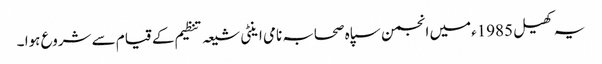
یہ کھیل 1985ءمیں انجمن سپاہ صحابہ نامی اینٹی شیعہ تنظیم کے قیام سے شروع ہوا ۔